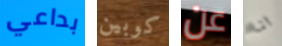
بداعي كوبين عن انا